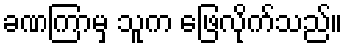
ခဏကြာမှ သူက ဖြေလိုက်သည်။